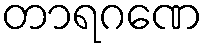
တာရဂဏေ